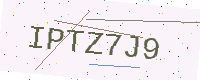
Text: IPTZ7J9